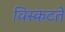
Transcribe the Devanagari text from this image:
विस्कटते